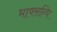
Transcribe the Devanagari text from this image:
भावसन्धि